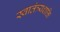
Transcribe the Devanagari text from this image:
स्वातंत्र्यशक्ति